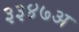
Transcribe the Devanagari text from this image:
३३४७अ